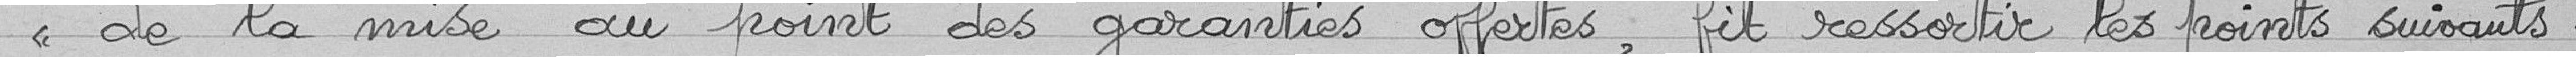
"de la mise au pont des garanties offertes, fit ressortir les points suivants :